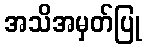
အသိအမှတ်ပြု